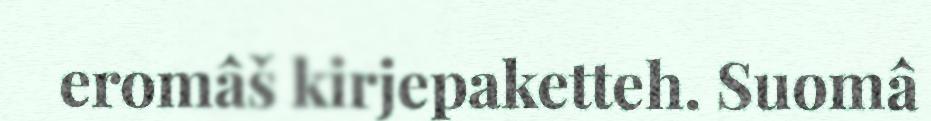
eromâš kirjepaketteh. Suomâ